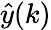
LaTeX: {\hat{y}}(k)